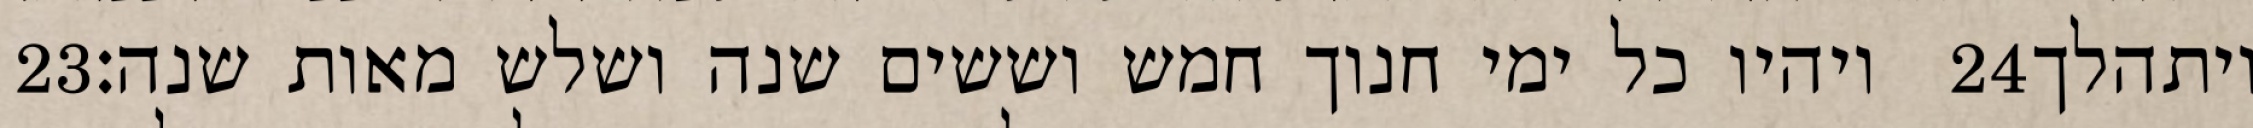
‎23‏ ויהיו כל ימי חנוך חמש וששים שנה ושלש מאות שנה׃ ‎24‏ ויתהלך